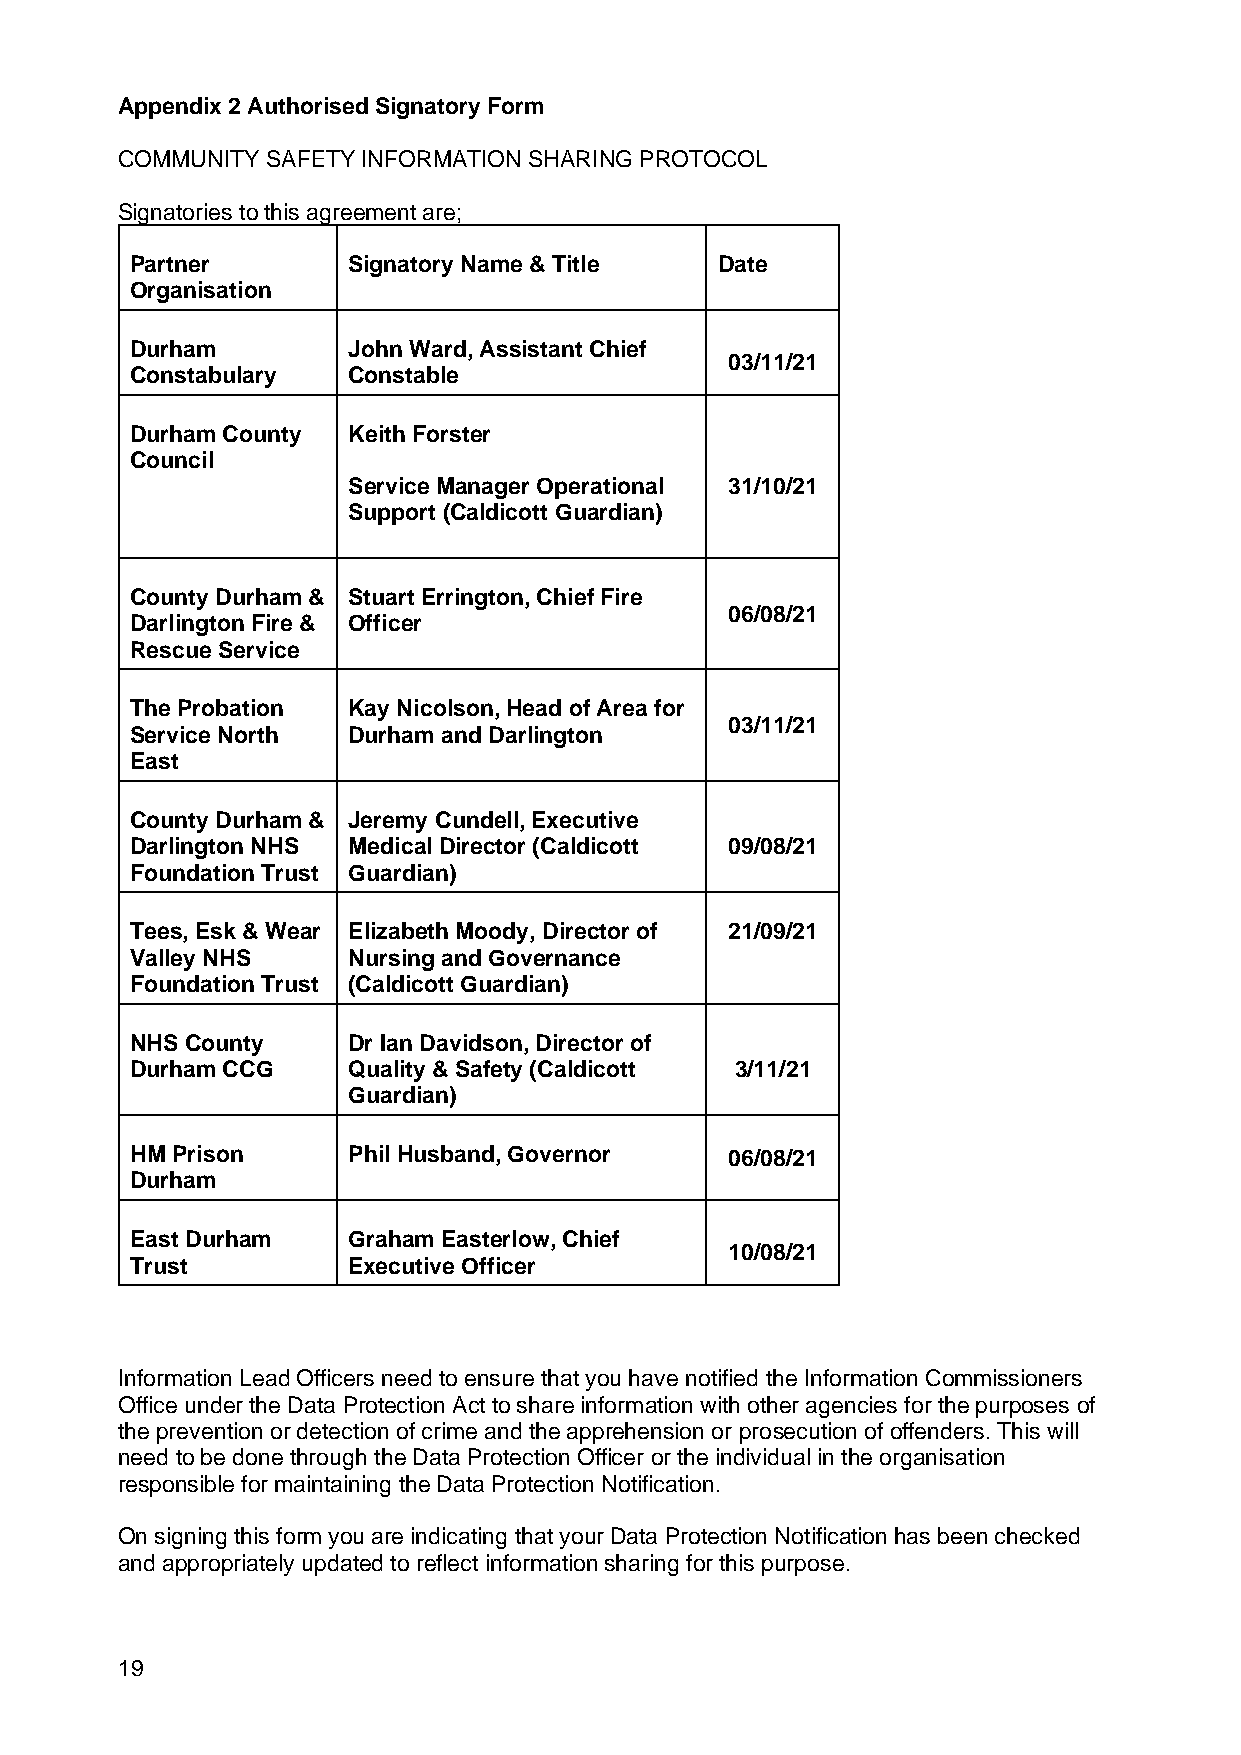
Appendix 2 Authorised Signatory Form
 COMMUNITY SAFETY INFORMATION SHARING PROTOCOL
 Signatories to this agreement are;
 Partner       Signatory Name & Title  Date
 Organisation
 Durham        John Ward, Assistant Chief
 03/11/21
 Constabulary  Constable
 Durham County Keith Forster
 Council
 Service Manager Operational 31/10/21
 Support (Caldicott Guardian)
 County Durham & Stuart Errington, Chief Fire
 06/08/21
 Darlington Fire & Officer
 Rescue Service
 The Probation Kay Nicolson, Head of Area for
 03/11/21
 Service North Durham and Darlington
 East
 County Durham & Jeremy Cundell, Executive
 Darlington NHS Medical Director (Caldicott 09/08/21
 Foundation Trust Guardian)
 Tees, Esk & Wear Elizabeth Moody, Director of 21/09/21
 Valley NHS    Nursing and Governance
 Foundation Trust (Caldicott Guardian)
 NHS County    Dr Ian Davidson, Director of
 Durham CCG    Quality & Safety (Caldicott 3/11/21
 Guardian)
 HM Prison     Phil Husband, Governor   06/08/21
 Durham
 East Durham   Graham Easterlow, Chief
 10/08/21
 Trust         Executive Officer
 Information Lead Officers need to ensure that you have notified the Information Commissioners
 Office under the Data Protection Act to share information with other agencies for the purposes of
 the prevention or detection of crime and the apprehension or prosecution of offenders. This will
 need to be done through the Data Protection Officer or the individual in the organisation
 responsible for maintaining the Data Protection Notification.
 On signing this form you are indicating that your Data Protection Notification has been checked
 and appropriately updated to reflect information sharing for this purpose.
 19